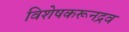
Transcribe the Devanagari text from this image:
विशेषकरूनद्रव